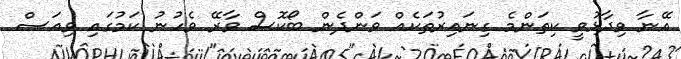
އޭނާ ވިދާޅުވީ ކިތަންމެ ގިނައިރުތަކެއް ވަންދެން ބޯކޮސް ވާރޭ ވެހުނު ކަމުގައި ވިއަސް